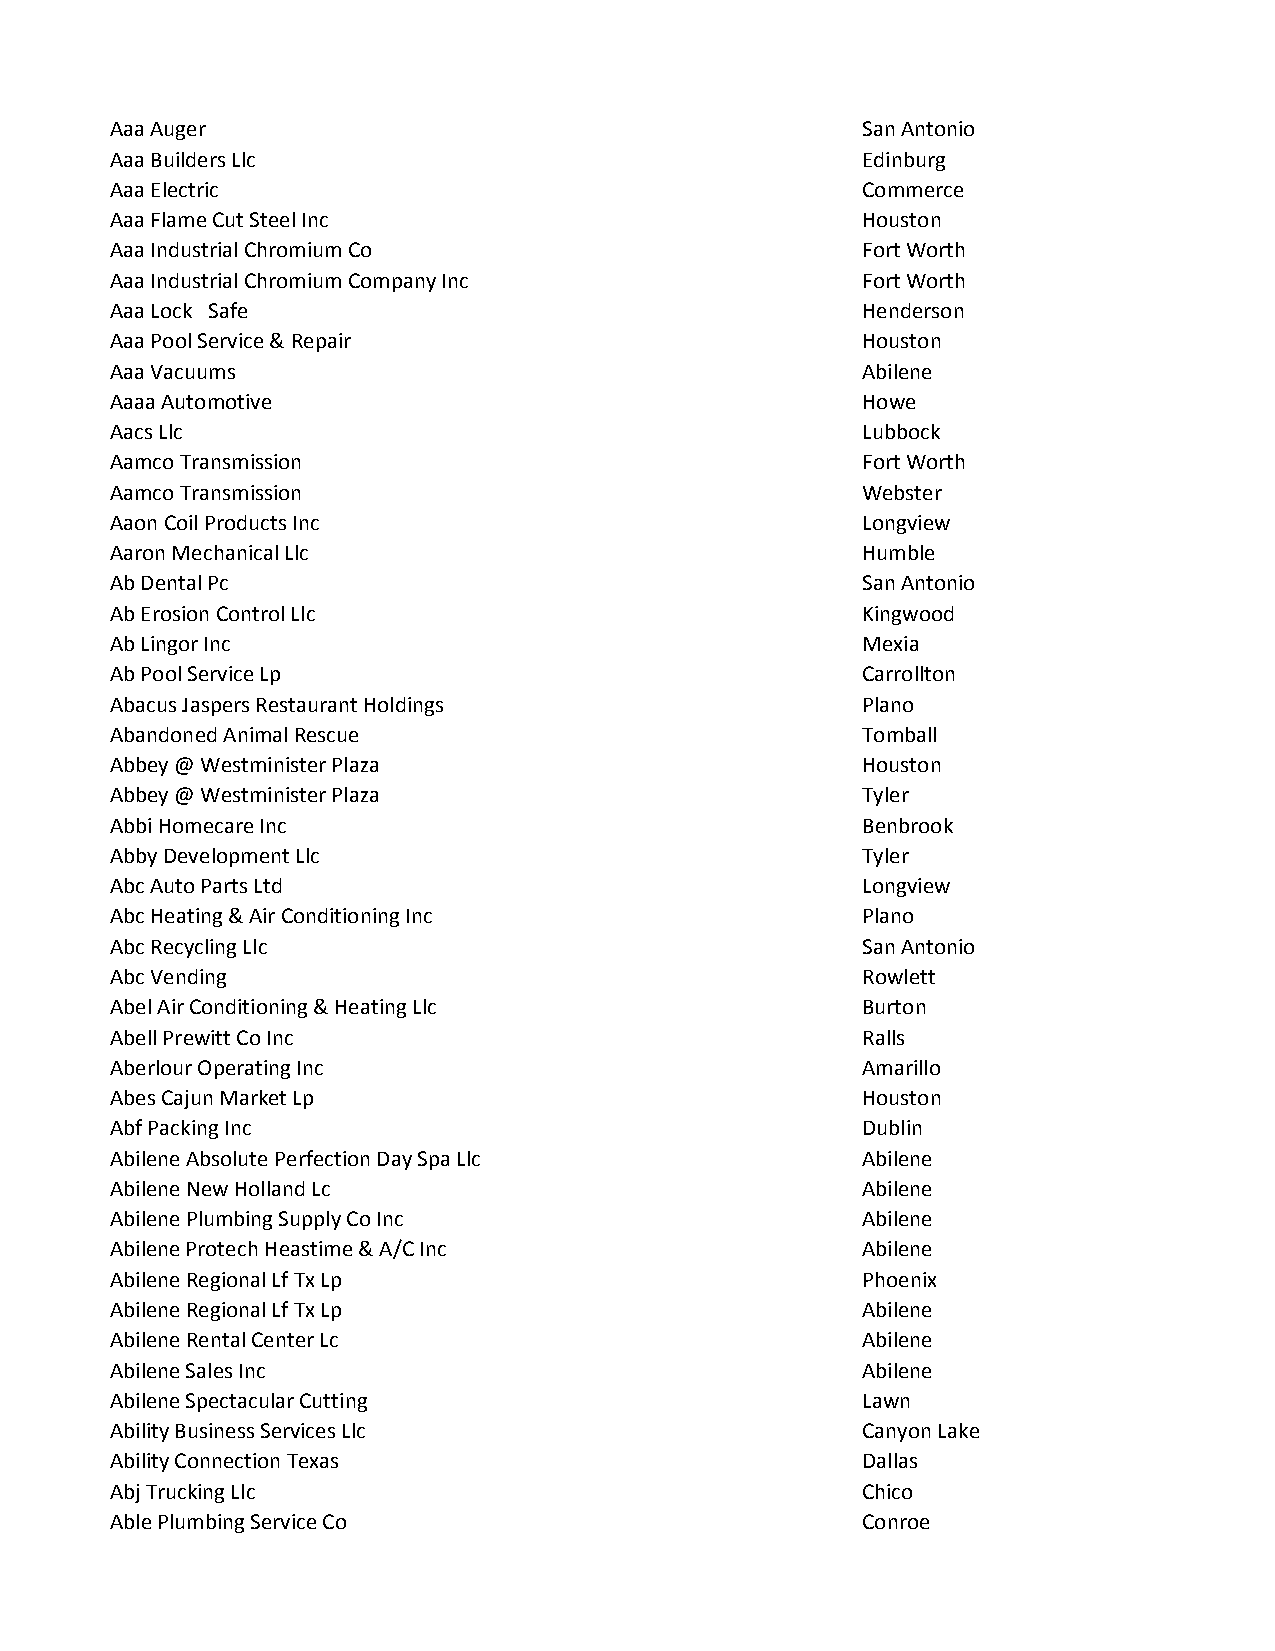
Aaa Auger                                         San Antonio
 Aaa Builders Llc                                  Edinburg
 Aaa Electric                                      Commerce
 Aaa Flame Cut Steel Inc                           Houston
 Aaa Industrial Chromium Co                        Fort Worth
 Aaa Industrial Chromium Company Inc               Fort Worth
 Aaa Lock Safe                                     Henderson
 Aaa Pool Service & Repair                         Houston
 Aaa Vacuums                                       Abilene
 Aaaa Automotive                                   Howe
 Aacs Llc                                          Lubbock
 Aamco Transmission                                Fort Worth
 Aamco Transmission                                Webster
 Aaon Coil Products Inc                            Longview
 Aaron Mechanical Llc                              Humble
 Ab Dental Pc                                      San Antonio
 Ab Erosion Control Llc                            Kingwood
 Ab Lingor Inc                                     Mexia
 Ab Pool Service Lp                                Carrollton
 Abacus Jaspers Restaurant Holdings                Plano
 Abandoned Animal Rescue                           Tomball
 Abbey @ Westminister Plaza                        Houston
 Abbey @ Westminister Plaza                        Tyler
 Abbi Homecare Inc                                 Benbrook
 Abby Development Llc                              Tyler
 Abc Auto Parts Ltd                                Longview
 Abc Heating & Air Conditioning Inc                Plano
 Abc Recycling Llc                                 San Antonio
 Abc Vending                                       Rowlett
 Abel Air Conditioning & Heating Llc               Burton
 Abell Prewitt Co Inc                              Ralls
 Aberlour Operating Inc                            Amarillo
 Abes Cajun Market Lp                              Houston
 Abf Packing Inc                                   Dublin
 Abilene Absolute Perfection Day Spa Llc           Abilene
 Abilene New Holland Lc                            Abilene
 Abilene Plumbing Supply Co Inc                    Abilene
 Abilene Protech Heastime & A/C Inc                Abilene
 Abilene Regional Lf Tx Lp                         Phoenix
 Abilene Regional Lf Tx Lp                         Abilene
 Abilene Rental Center Lc                          Abilene
 Abilene Sales Inc                                 Abilene
 Abilene Spectacular Cutting                       Lawn
 Ability Business Services Llc                     Canyon Lake
 Ability Connection Texas                          Dallas
 Abj Trucking Llc                                  Chico
 Able Plumbing Service Co                          Conroe